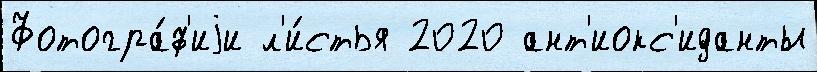
Фотогра́ф'иjи л'и́стья 2020 ант'иокс'иданты